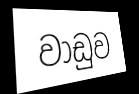
වාඩුව